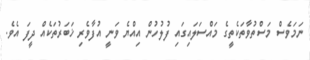
ނަމަވެސް މަސްތުވާތަކެތީގެ މައްސަލައިގައި ފުލުހުން އިއްޔެ ވަނީ އުފާވެރި ޚަބަރުތަކެއް ދީފަ އެވެ.